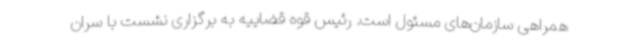
همراهی سازمان‌های مسئول است. رئیس قوه قضاییه به برگزاری نشست با سران